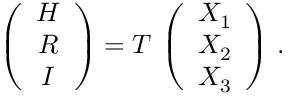
\left( \begin{array} { c } { { H } } \\ { { R } } \\ { { I } } \end{array} \right) = T \, \left( \begin{array} { c } { { X _ { 1 } } } \\ { { X _ { 2 } } } \\ { { X _ { 3 } } } \end{array} \right) \, .